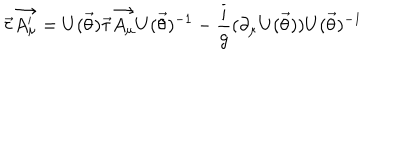
\vec { \tau } \vec { A _ { \mu } ^ { \prime } } = U ( \vec { \theta } ) \vec { \tau } \vec { A _ { \mu } } U ( \vec { \theta } ) ^ { - 1 } - \frac { i } { g } ( \partial _ { \mu } U ( \vec { \theta } ) ) U ( \vec { \theta } ) ^ { - 1 }